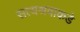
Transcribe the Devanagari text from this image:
सत्यश्रवाकडे